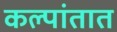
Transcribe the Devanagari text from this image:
कल्पांतात